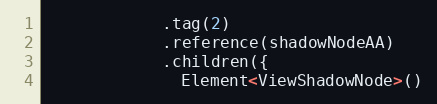
Language: C++
            .tag(2)
            .reference(shadowNodeAA)
            .children({
              Element<ViewShadowNode>()